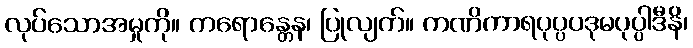
လုပ်သောအမှုကို။ ကရောန္တေန၊ ပြုလျက်။ ကဏိကာရပုပ္ပပဒုမပုပ္ပါဒီနိ၊